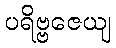
ပရိဗ္ဗဇေယျ